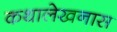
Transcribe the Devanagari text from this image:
कथालेखनास